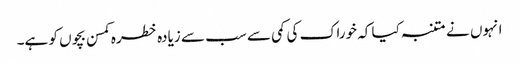
انہوں نے متنبہ کیا کہ خوراک کی کمی سے سب سے زیادہ خطرہ کمسن بچوں کو ہے۔